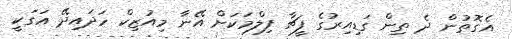
އެގޮތުން ދެ ތިން ގަޑިއިރުގެ ފީޗާ ފިލްމަކަށް އޭނާ މިއުޒިކް ހަދައިދޭ އަގަކީ